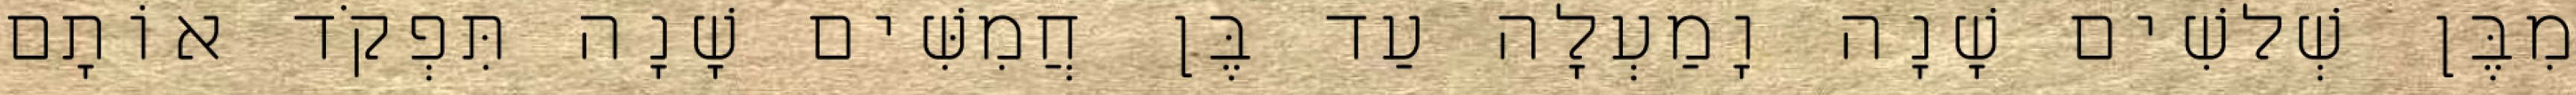
מִבֶּן שְׁלשִׁים שָׁנָה וָמַעְלָה עַד בֶּן חֲמִשִּׁים שָׁנָה תִּפְקֹד אוֹתָם